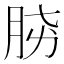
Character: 𣍫